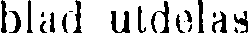
blad utdelas